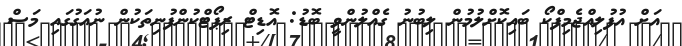
އަށް އުފުލިއްޖެމިފްކޯ ބައިކޮށްލުމުން ލިބުނު ގެއްލުންވީ ބޮޑު: އޮޑިޓް ރިޕޯޓްކުންފުނިތަކުން ނުއަގުގައި މަސް